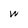
Character: w